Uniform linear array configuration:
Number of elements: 8
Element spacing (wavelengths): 0.5
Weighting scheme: hann
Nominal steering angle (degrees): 60
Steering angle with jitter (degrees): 58.153
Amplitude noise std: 0.05
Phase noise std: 0.05

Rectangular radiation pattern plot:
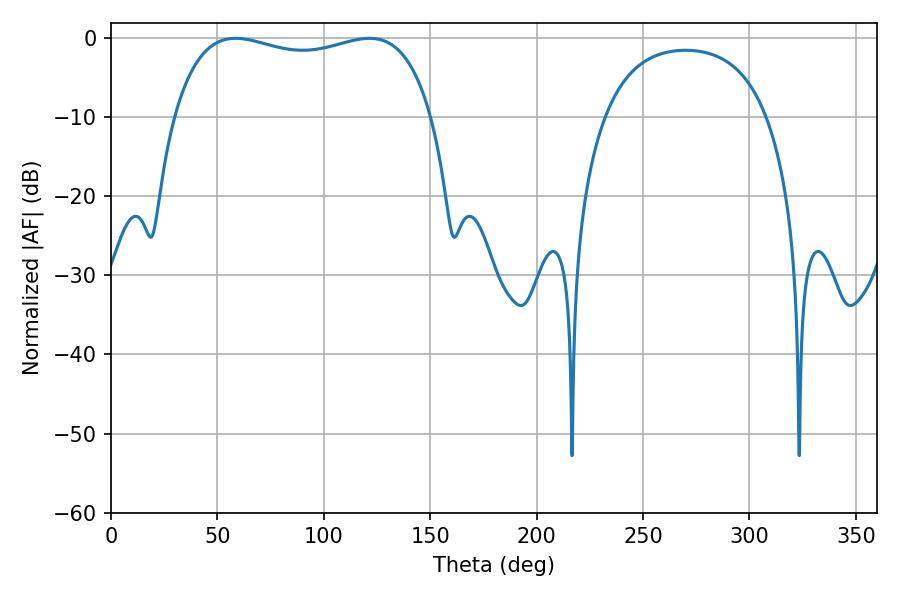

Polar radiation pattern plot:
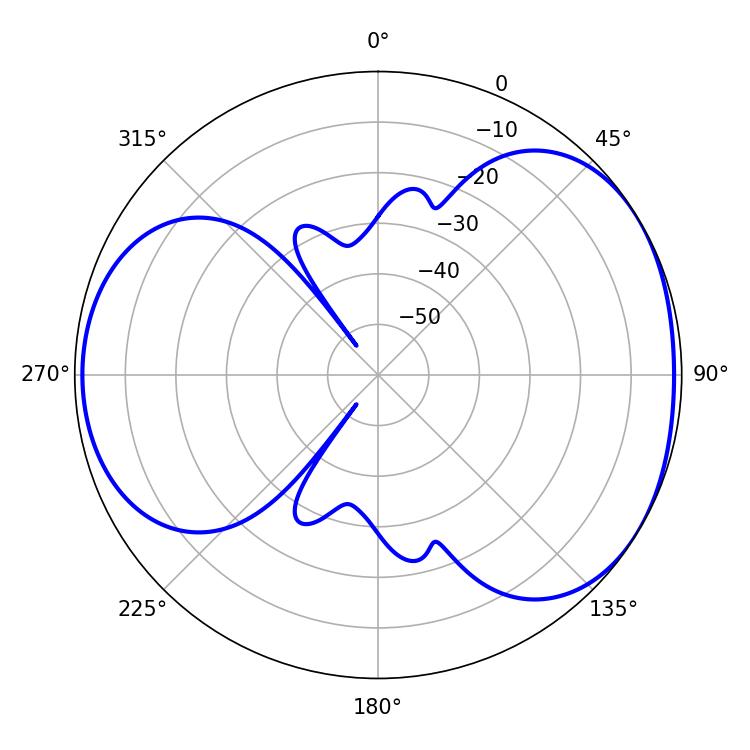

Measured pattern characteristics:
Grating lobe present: FALSE
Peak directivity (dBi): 4.364
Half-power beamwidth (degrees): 99
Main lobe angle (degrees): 58.5